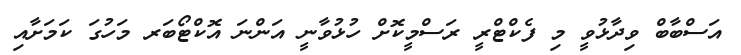
އަސްބާބް ވިދާޅުވީ މި ފެކްޓްރީ ރަސްމީކޮށް ހުޅުވާނީ އަންނަ އޮކްޓޯބަރ މަހުގަ ކަމަށާއި